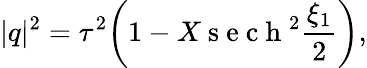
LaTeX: \lvert q\rvert^{2}=\tau^{2}\bigg(1-X\mathrm{~s~e~c~h~}^{2}\frac{\xi_{1}}{2}\bigg),